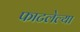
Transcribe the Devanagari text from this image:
फाटलेल्या